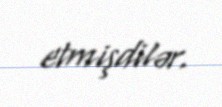
etmişdilər.